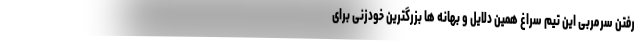
رفتن سرمربی این تیم سراغ همین دلایل و بهانه ها بزرگترین خودزنی برای